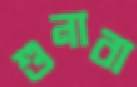
শুনাবা